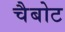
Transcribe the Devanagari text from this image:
चैबोट